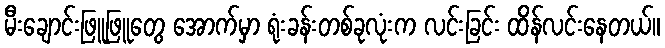
မီးချောင်းဖြူဖြူတွေ အောက်မှာ ရုံးခန်းတစ်ခုလုံးက လင်းခြင်း ထိန်လင်းနေတယ်။